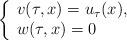
LaTeX: \begin{align*}\left\{\begin{array}{ll}\displaystyle v(\tau,x)=u_\tau(x),\\w(\tau,x)=0\end{array}\right.\end{align*}